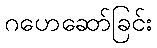
ဂဟေဆော်ခြင်း